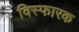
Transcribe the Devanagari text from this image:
विस्‍फारक